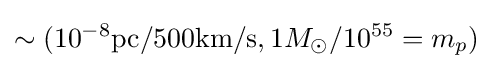
\sim (10^{-8}{\text{pc}}/500{\text{km/s}},1M_{\odot }/10^{55}=m_{p})